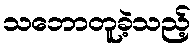
သဘောတူခဲ့သည့်